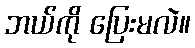
ဘယ်ကို ပြေးမလဲ။